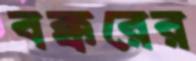
বক্করের